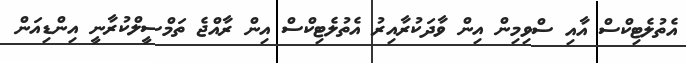
އެތުލެޓިކްސް އާއި ސްވިމިން އިން ވާދަކުރާއިރު އެތުލެޓިކްސް އިން ރާއްޖެ ތަމްސީލްކުރާނީ އިންޑިއަން